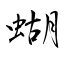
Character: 蝴